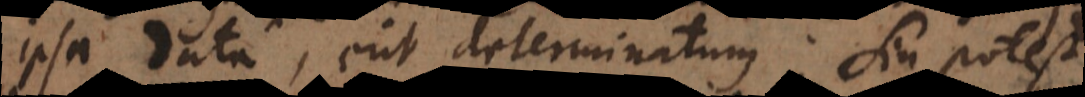
ipsa data, erit determinatum. Sin potest